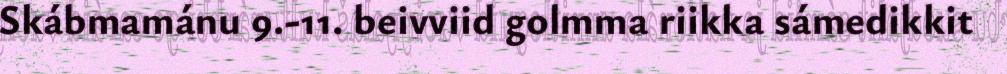
Skábmamánu 9.-11. beivviid golmma riikka sámedikkit